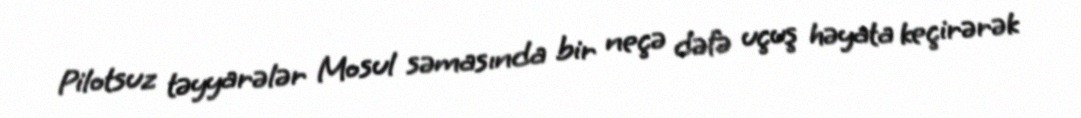
Pilotsuz təyyarələr Mosul səmasında bir neçə dəfə uçuş həyata keçirərək